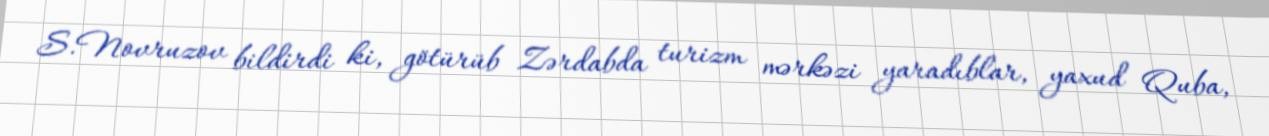
S.Novruzov bildirdi ki, götürüb Zərdabda turizm mərkəzi yaradıblar, yaxud Quba,